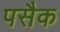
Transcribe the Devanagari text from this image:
पसैक